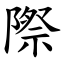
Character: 際